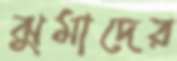
ঝুমাদের